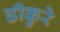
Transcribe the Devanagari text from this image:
ढीकुरे